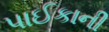
પાઈકાની